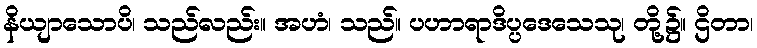
နိယျာသောပိ၊ သည်လည်း။ အဟံ၊ သည်။ ပဟာရာဒိပ္ပဒေသေသု၊ တို့၌။ ဌိတာ၊